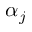
\alpha _ { j }